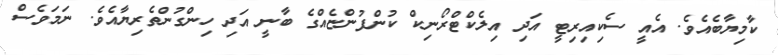
ކާމިޔާބެއެވެ. އެއީ ސެކިއިރިޓީ އަދި އިލެކްޓްރޯނިކް ކުންފުންޏެއްގެ ބާނީ އަދި ހިންގުންތެރިޔާއެވެ. ނަމަވެސް